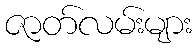
ဇာတ်လမ်းများ